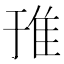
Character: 𨾌